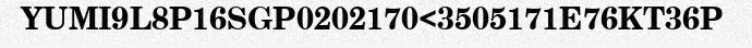
YUMI9L8P16SGP0202170<3505171E76KT36P